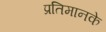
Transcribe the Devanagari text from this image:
प्रतिमानके